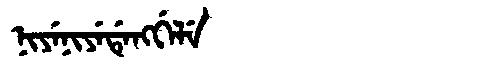
Manchu: ᠨᡳᠶᡝᠨᡳᠶᡝᡩᡝᠩᡤᡝᠯᡝ
Romanization: NIYENIYEDENGGELE